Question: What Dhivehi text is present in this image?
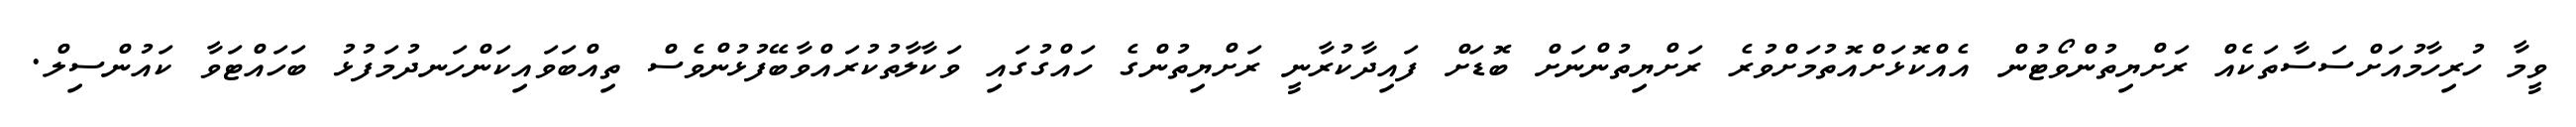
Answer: ވީމާ ހުރިހާމުއަށްސަސާތަކެއް ރަށްޔިތުންވޯޓުން އެއްކޮޅަށްއޮތުމަށްވުރެ ރަށްޔިތުންނަށް ބޮޑަށް ފައިދާކުރާނީ ރަށްޔިތުންގެ ހައްގުގައި ވަކާލާތުކުރައްވާބޭފުޅުންވެސް ތިއްބަވައިކަންހަނދުމަފުޅު ބަހައްޓަވާ ކައުންސިލް.